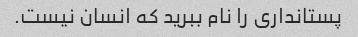
پستانداری را نام ببرید که انسان نیست.